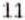
11